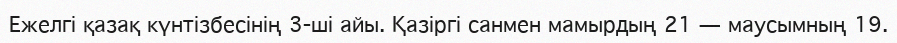
Ежелгі қазақ күнтізбесінің 3-ші айы. Қазіргі санмен мамырдың 21 — маусымның 19.